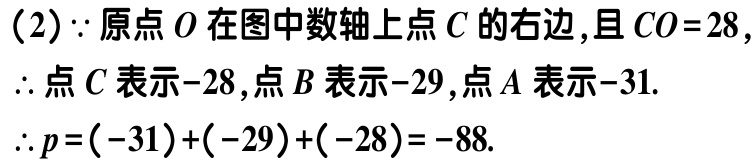
（2）$\because$ 原点$O$在图中数轴上点$C$的右边，且$CO = 28$，

$\therefore$ 点$C$表示$-28$，点$B$表示$-29$，点$A$表示$-31$.

$\therefore p=(-31)+(-29)+(-28)=-88$.